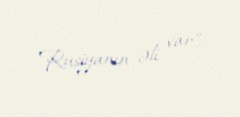
Rusiyanın əli var".